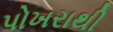
પોખરાથી